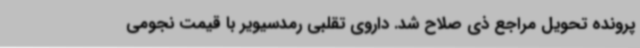
پرونده تحویل مراجع ذی صلاح شد. داروی تقلبی رمدسیویر با قیمت نجومی